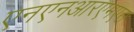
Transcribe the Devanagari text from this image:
एनएनआरएमएस